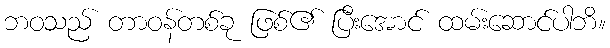
ဘဝသည် တာဝန်တစ်ခု ဖြစ်၏ ပြီးအောင် ထမ်းဆောင်ပါဘိ။